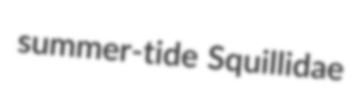
summer-tide Squillidae